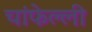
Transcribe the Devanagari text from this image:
चांफेल्ली